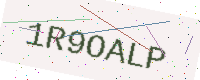
Text: 1R9OALP